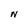
Character: N